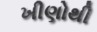
ખીણોથી